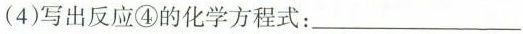
(4)写出反应④的化学方程式：___